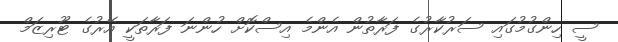
ސީ ހިންގުމުގައި ސަރުކާރުގެ ފަރާތުން އެންމެ އިސްކޮށް ހުންނަ ފަރާތަކީ އޭރުގެ ޓޫރިޒަމް